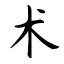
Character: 术